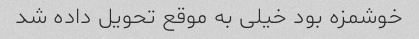
خوشمزه بود ‌خیلی به موقع تحویل داده شد